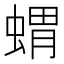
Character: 蝟